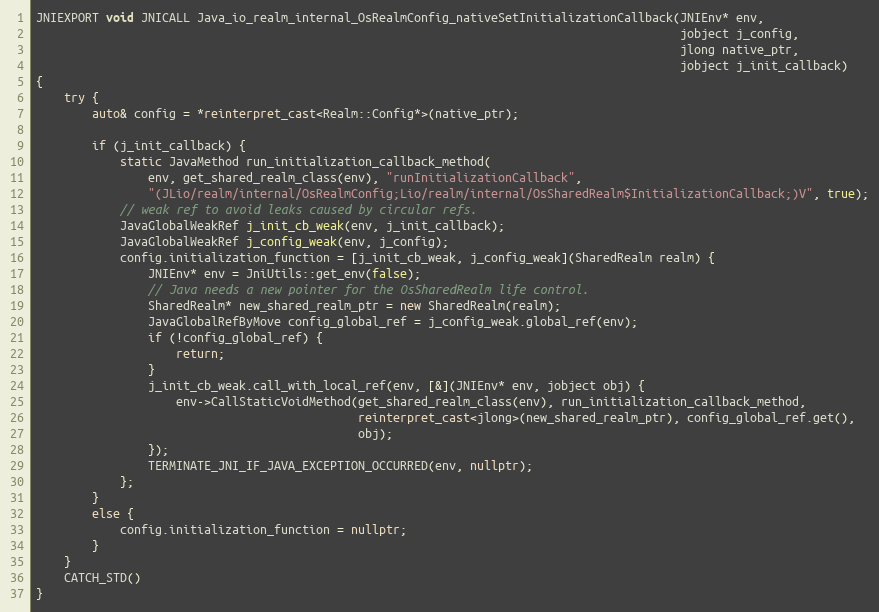
Language: C++
JNIEXPORT void JNICALL Java_io_realm_internal_OsRealmConfig_nativeSetInitializationCallback(JNIEnv* env,
                                                                                            jobject j_config,
                                                                                            jlong native_ptr,
                                                                                            jobject j_init_callback)
{
    try {
        auto& config = *reinterpret_cast<Realm::Config*>(native_ptr);

        if (j_init_callback) {
            static JavaMethod run_initialization_callback_method(
                env, get_shared_realm_class(env), "runInitializationCallback",
                "(JLio/realm/internal/OsRealmConfig;Lio/realm/internal/OsSharedRealm$InitializationCallback;)V", true);
            // weak ref to avoid leaks caused by circular refs.
            JavaGlobalWeakRef j_init_cb_weak(env, j_init_callback);
            JavaGlobalWeakRef j_config_weak(env, j_config);
            config.initialization_function = [j_init_cb_weak, j_config_weak](SharedRealm realm) {
                JNIEnv* env = JniUtils::get_env(false);
                // Java needs a new pointer for the OsSharedRealm life control.
                SharedRealm* new_shared_realm_ptr = new SharedRealm(realm);
                JavaGlobalRefByMove config_global_ref = j_config_weak.global_ref(env);
                if (!config_global_ref) {
                    return;
                }
                j_init_cb_weak.call_with_local_ref(env, [&](JNIEnv* env, jobject obj) {
                    env->CallStaticVoidMethod(get_shared_realm_class(env), run_initialization_callback_method,
                                              reinterpret_cast<jlong>(new_shared_realm_ptr), config_global_ref.get(),
                                              obj);
                });
                TERMINATE_JNI_IF_JAVA_EXCEPTION_OCCURRED(env, nullptr);
            };
        }
        else {
            config.initialization_function = nullptr;
        }
    }
    CATCH_STD()
}